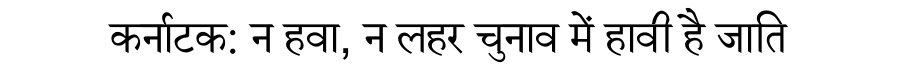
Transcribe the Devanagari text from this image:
कर्नाटक: न हवा, न लहर चुनाव में हावी है जाति